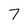
Character: 7